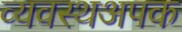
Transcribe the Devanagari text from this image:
व्यवस्थअपक